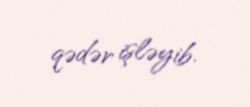
qədər işləyib.